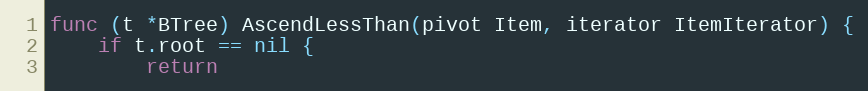
Language: Go
func (t *BTree) AscendLessThan(pivot Item, iterator ItemIterator) {
	if t.root == nil {
		return